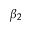
\beta _ { 2 }